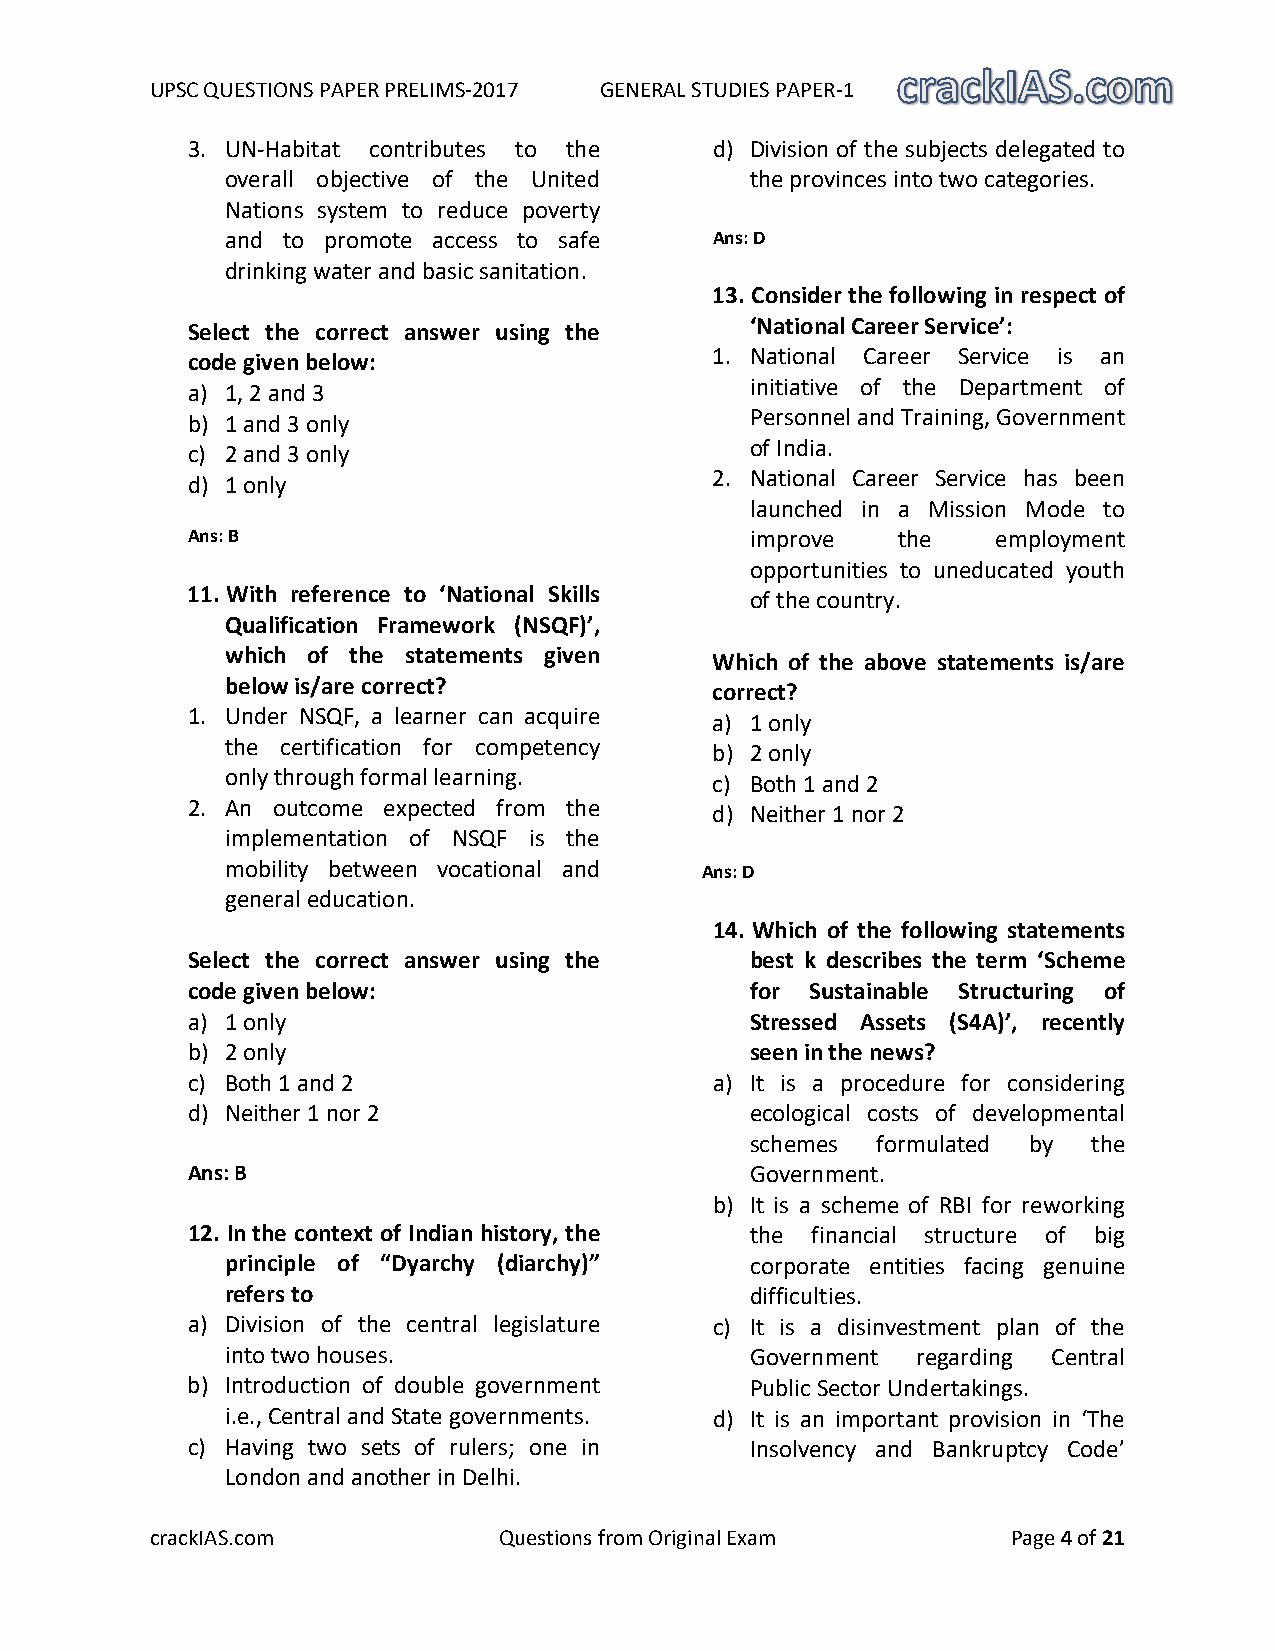
UPSC QUESTIONS PAPER PRELIMS-2017 GENERAL STUDIES PAPER-1
 3. UN-Habitat contributes to the   d) Division of the subjects delegated to
 overall objective of the United    the provinces into two categories.
 Nations system to reduce poverty
 and to promote access to safe   Ans: D
 drinking water and basic sanitation.
 13. Consider the following in respect of
 ‘National Career Service’:
 Select the correct answer using the
 1. National Career Service is an
 code given below:
 a) 1, 2 and 3                         initiative of the Department of
 Personnel and Training, Government
 b) 1 and 3 only
 of India.
 c) 2 and 3 only
 d) 1 only
 2. National Career Service has been
 launched in a Mission Mode to
 Ans: B                                improve  the    employment
 opportunities to uneducated youth
 11. With reference to ‘National Skills of the country.
 Qualification Framework (NSQF)’,
 which of the statements given
 Which of the above statements is/are
 below is/are correct?
 correct?
 1. Under NSQF, a learner can acquire
 a) 1 only
 the certification for competency
 b) 2 only
 only through formal learning.   c) Both 1 and 2
 2. An outcome expected from the
 d) Neither 1 nor 2
 implementation of NSQF is the
 mobility between vocational and Ans: D
 general education.
 14. Which of the following statements
 Select the correct answer using the   best k describes the term ‘Scheme
 code given below:                     for Sustainable Structuring of
 a) 1 only                             Stressed Assets (S4A)’, recently
 b) 2 only                             seen in the news?
 c) Both 1 and 2                    a) It is a procedure for considering
 d) Neither 1 nor 2                    ecological costs of developmental
 schemes formulated by the
 Ans: B                                Government.
 b) It is a scheme of RBI for reworking
 12. In the context of Indian history, the the financial structure of big
 principle of “Dyarchy (diarchy)”   corporate entities facing genuine
 refers to                          difficulties.
 a) Division of the central legislature c) It is a disinvestment plan of the
 into two houses.                   Government regarding Central
 b) Introduction of double government  Public Sector Undertakings.
 i.e., Central and State governments. d) It is an important provision in ‘The
 c) Having two sets of rulers; one in  Insolvency and Bankruptcy Code’
 London and another in Delhi.
 crackIAS.com           Questions from Original Exam      Page 4 of 21